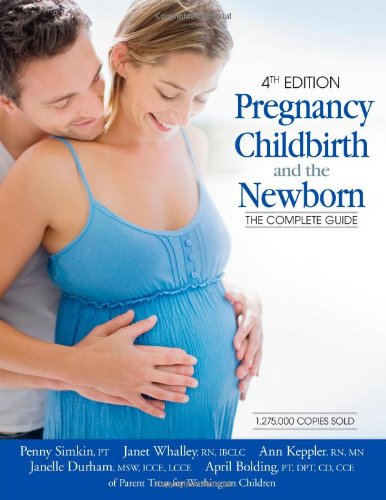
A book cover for Pregnancy, Childbirth, and the Newborn (4th Edition): The Complete Guide; Penny Simkin; Parenting & Relationships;